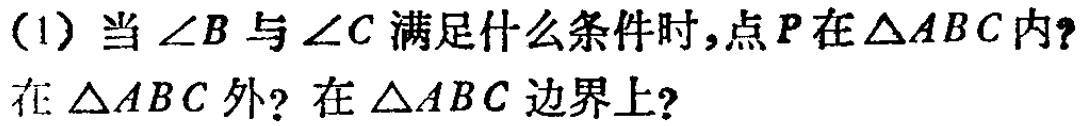
(1) 当\(\angle B\)与\(\angle C\)满足什么条件时，点\(P\)在\(\triangle ABC\)内？在\(\triangle ABC\)外？在\(\triangle ABC\)边界上？